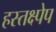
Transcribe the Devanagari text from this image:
हस्तक्ष्पेप